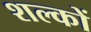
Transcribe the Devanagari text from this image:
शल्‍कों